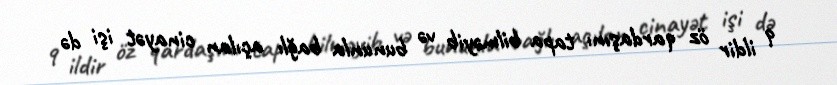
9 ildir öz qardaşını tapa bilməyib və bununla bağlı açılan cinayət işi də